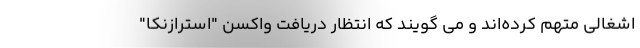
اشغالی متهم کرده‌اند و می گویند که انتظار دریافت واکسن "استرازنکا"